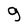
Character: 9